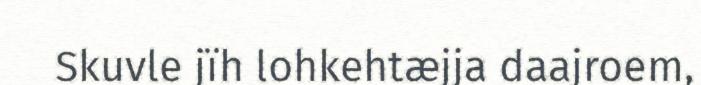
Skuvle jïh lohkehtæjja daajroem,